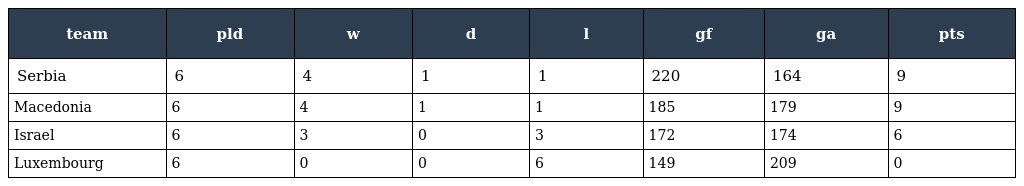
| team | pld | w | d | l | gf | ga | pts |
 | --- | --- | --- | --- | --- | --- | --- | --- |
 | Serbia | 6 | 4 | 1 | 1 | 220 | 164 | 9 |
 | Macedonia | 6 | 4 | 1 | 1 | 185 | 179 | 9 |
 | Israel | 6 | 3 | 0 | 3 | 172 | 174 | 6 |
 | Luxembourg | 6 | 0 | 0 | 6 | 149 | 209 | 0 |